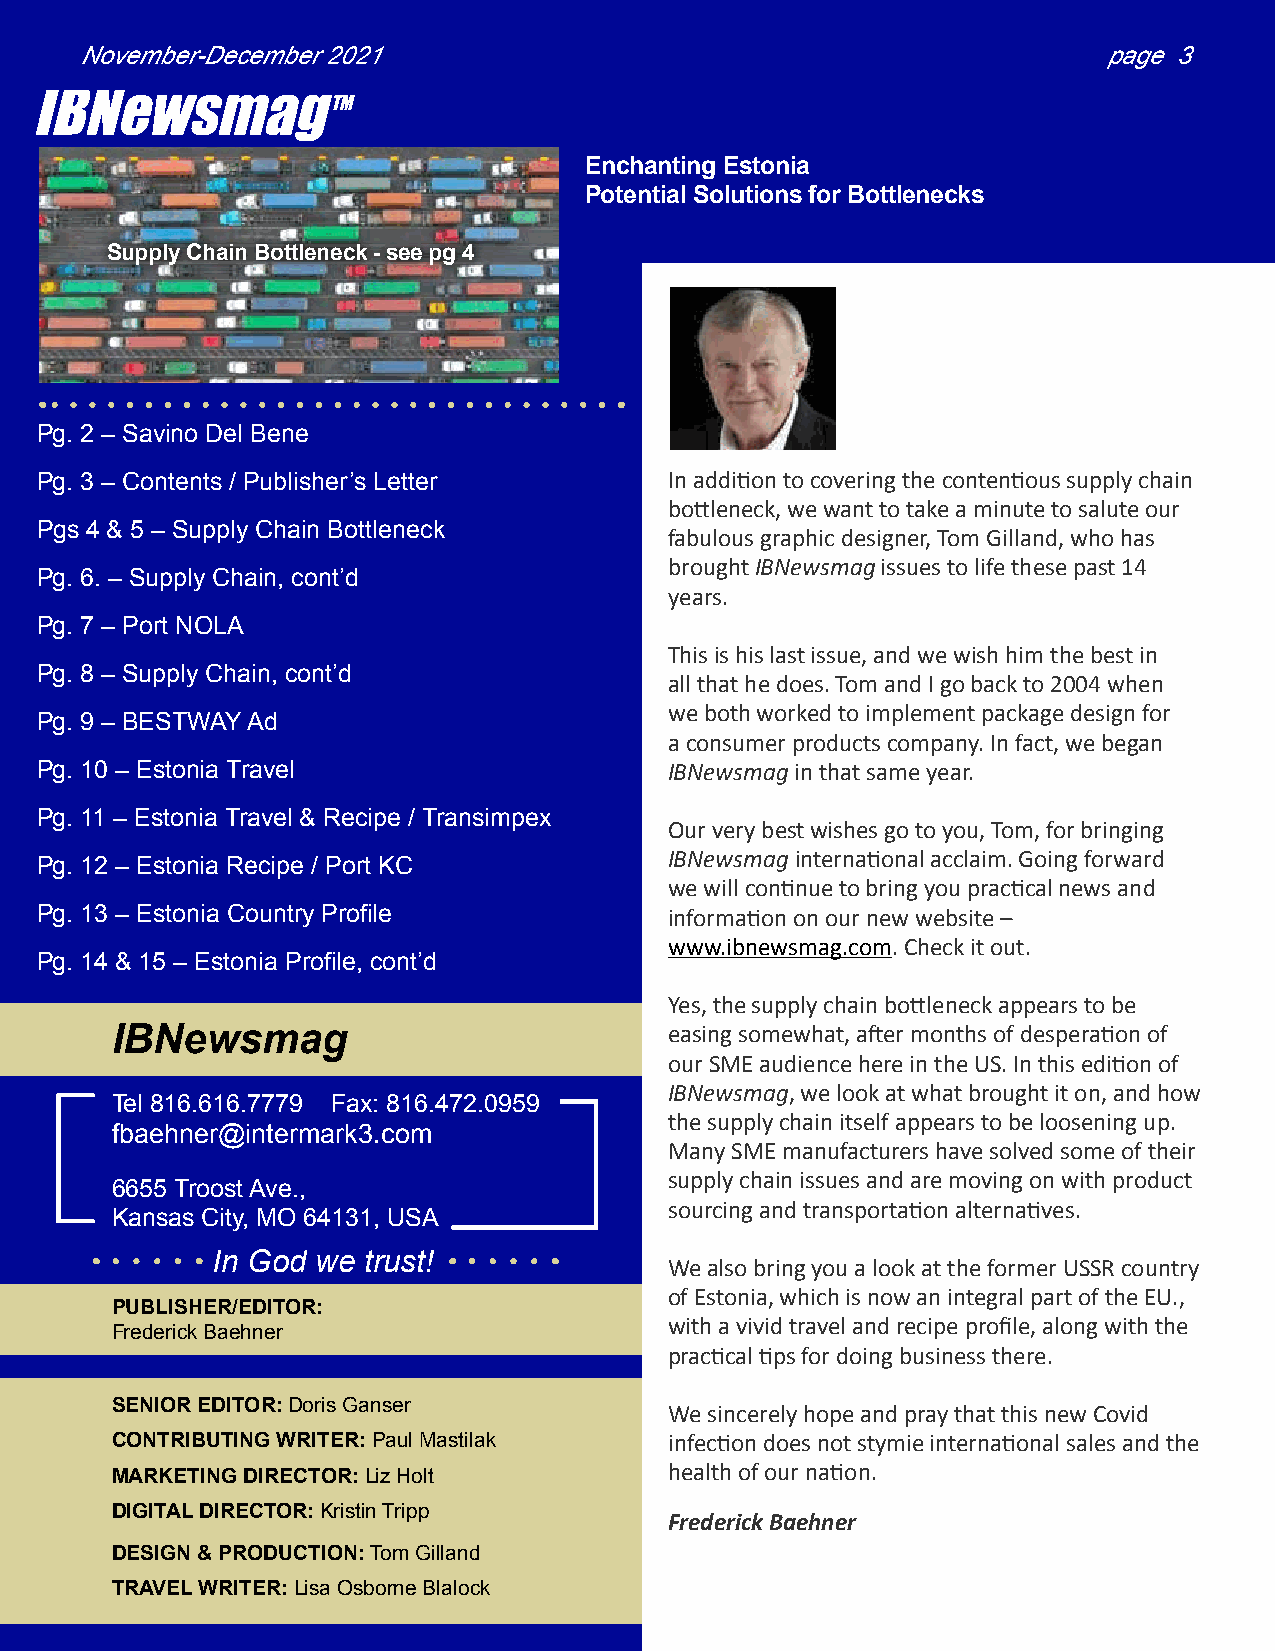
November-December 2021                                              page 3
 IBNewsmagTM
 Enchanting Estonia
 Potential Solutions for Bottlenecks
 Supply Chain Bottleneck - see pg 4
 Pg. 2 – Savino Del Bene
 Pg. 3 – Contents / Publisher’s Letter     In addition to covering the contentious supply chain
 bottleneck, we want to take a minute to salute our
 Pgs 4 & 5 – Supply Chain Bottleneck
 fabulous graphic designer, Tom Gilland, who has
 brought IBNewsmag issues to life these past 14
 Pg. 6. – Supply Chain, cont’d
 years.
 Pg. 7 – Port NOLA
 This is his last issue, and we wish him the best in
 Pg. 8 – Supply Chain, cont’d
 all that he does. Tom and I go back to 2004 when
 we both worked to implement package design for
 Pg. 9 – BESTWAY Ad
 a consumer products company. In fact, we began
 Pg. 10 – Estonia Travel                   IBNewsmag in that same year.
 Pg. 11 – Estonia Travel & Recipe / Transimpex
 Our very best wishes go to you, Tom, for bringing
 IBNewsmag international acclaim. Going forward
 Pg. 12 – Estonia Recipe / Port KC
 we will continue to bring you practical news and
 Pg. 13 – Estonia Country Profile          information on our new website –
 www.ibnewsmag.com. Check it out.
 Pg. 14 & 15 – Estonia Profile, cont’d
 Yes, the supply chain bottleneck appears to be
 IBNewsmag                            easing somewhat, after months of desperation of
 our SME audience here in the US. In this edition of
 IBNewsmag, we look at what brought it on, and how
 Tel 816.616.7779 Fax: 816.472.0959
 the supply chain itself appears to be loosening up.
 fbaehner@intermark3.com
 Many SME manufacturers have solved some of their
 supply chain issues and are moving on with product
 6655 Troost Ave.,
 sourcing and transportation alternatives.
 Kansas City, MO 64131, USA
 In God we trust!
 We also bring you a look at the former USSR country
 of Estonia, which is now an integral part of the EU.,
 PUBLISHER/EDITOR:
 with a vivid travel and recipe profile, along with the
 Frederick Baehner
 practical tips for doing business there.
 SENIOR EDITOR: Doris Ganser          We sincerely hope and pray that this new Covid
 CONTRIBUTING WRITER: Paul Mastilak   infection does not stymie international sales and the
 MARKETING DIRECTOR: Liz Holt         health of our nation.
 DIGITAL DIRECTOR: Kristin Tripp
 Frederick Baehner
 DESIGN & PRODUCTION: Tom Gilland
 TRAVEL WRITER: Lisa Osborne Blalock